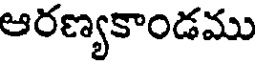
ఆరణ్యకాండము